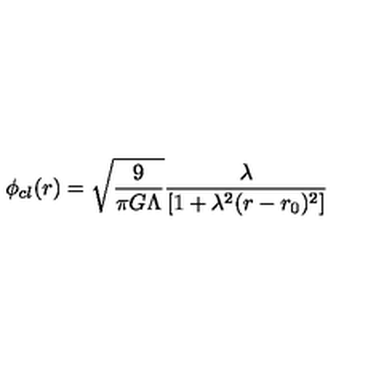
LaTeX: \phi _ { c l } ( r ) = { \sqrt { \frac { 9 } { \pi G \Lambda } } } \frac { \lambda } { [ 1 + \lambda ^ { 2 } ( r - r _ { 0 } ) ^ { 2 } ] }